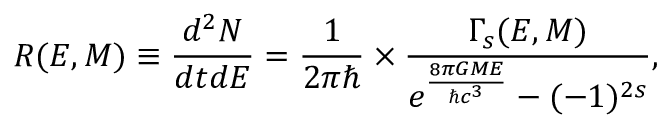
R ( E , M ) \equiv \frac { d ^ { 2 } N } { d t d E } = \frac { 1 } { 2 \pi \hbar } \times \frac { \Gamma _ { s } ( E , M ) } { e ^ { \frac { 8 \pi G M E } { \hbar c ^ { 3 } } } - ( - 1 ) ^ { 2 s } } ,